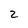
Character: 2